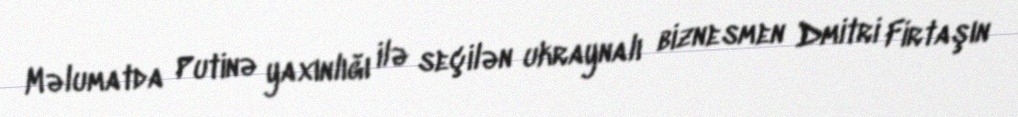
Məlumatda Putinə yaxınlığı ilə seçilən ukraynalı biznesmen Dmitri Firtaşın